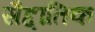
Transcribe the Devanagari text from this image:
सैद्दांतिक